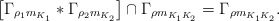
\begin{align*}\left[\Gamma_{\rho_1 m_{K_1}}\ast\Gamma_{\rho_2 m_{K_2}}\right]\cap\Gamma_{\rho m_{K_1K_2}}=\Gamma_{\rho m_{K_1K_2}}.\end{align*}